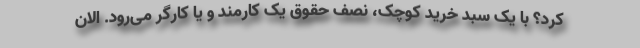
کرد؟ با یک سبد خرید کوچک، نصف حقوق یک کارمند و یا کارگر می‌رود. الان